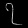
Digit: ၇